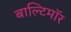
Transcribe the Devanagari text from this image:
बाल्टिमॉर